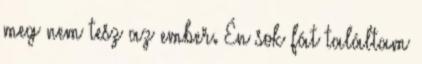
meg nem tesz az ember. Én sok fát találtam